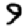
Digit: 9